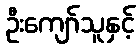
ဦးကျော်သူနှင့်